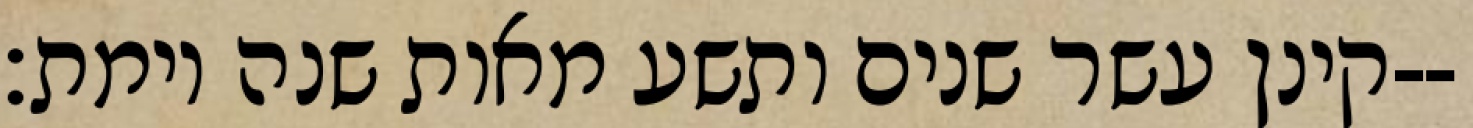
קינן עשר שנים ותשע מאות שנה וימת׃--